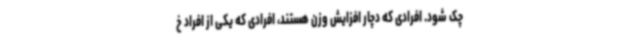
چک شود. افرادی که دچار افزایش وزن هستند، افرادی که یکی از افراد خ